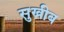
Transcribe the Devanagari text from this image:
सुख्रीब